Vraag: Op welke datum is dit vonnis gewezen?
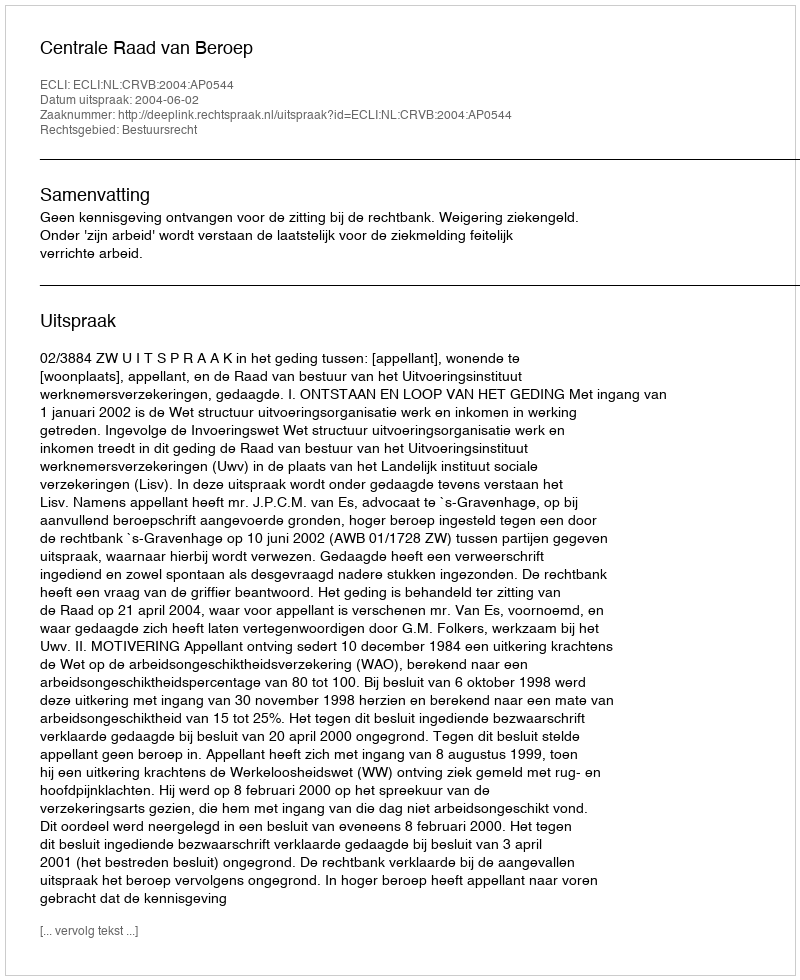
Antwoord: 2004-06-02